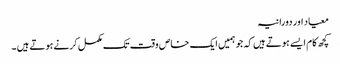
معیاد اور دورانیہ
کچھ کام ایسے ہوتے ہیں کہ جو ہمیں ایک خاص وقت تک مکمل کرنے ہوتے ہیں ۔